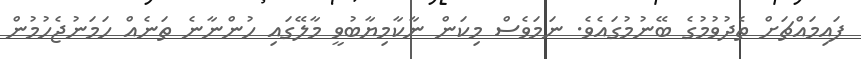
ފައިމައްޗަށް ތެދުވުމުގެ ބޭނުމުގައެވެ. ނަމަވެސް މިކަން ނާކާމިޔާބުވީ މާލޭގައި ހުންނާނެ ތަނެއް ހަމަނުޖެހުމުން